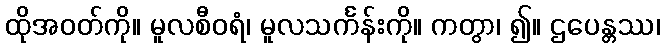
ထိုအဝတ်ကို။ မူလစီဝရံ၊ မူလသင်္ကန်းကို။ ကတွာ၊ ၍။ ဌပေန္တဿ၊